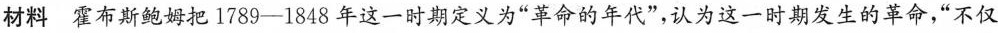
材料 霍布斯鲍姆把1789-1848年这一时期定义为“革命的年代”，认为这一时期发生的革命，“不仅